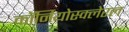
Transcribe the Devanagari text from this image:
कॉर्नियोस्क्लेरल